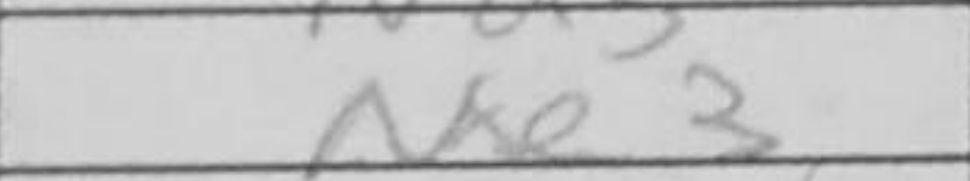
Transcription: Ne3